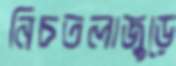
নিচতলাজুড়ে